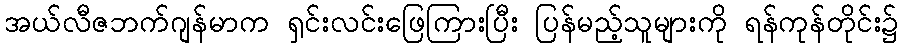
အယ်လီဇဘက်ဂျန်မာက ရှင်းလင်းဖြေကြားပြီး ပြန်မည့်သူများကို ရန်ကုန်တိုင်း၌